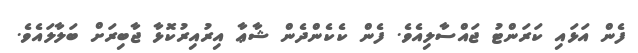
ފެން އަޅައި ކަރަންޓު ޖައްސާލިއެވެ. ފެން ކެކެންދެން ޝާޢާ އިރުއިރުކޮޅާ ޖާބިރަށް ބަލާލައެވެ.